Lunatic asylums Madras 1877-1891 - 1877-1891
Year: 1877
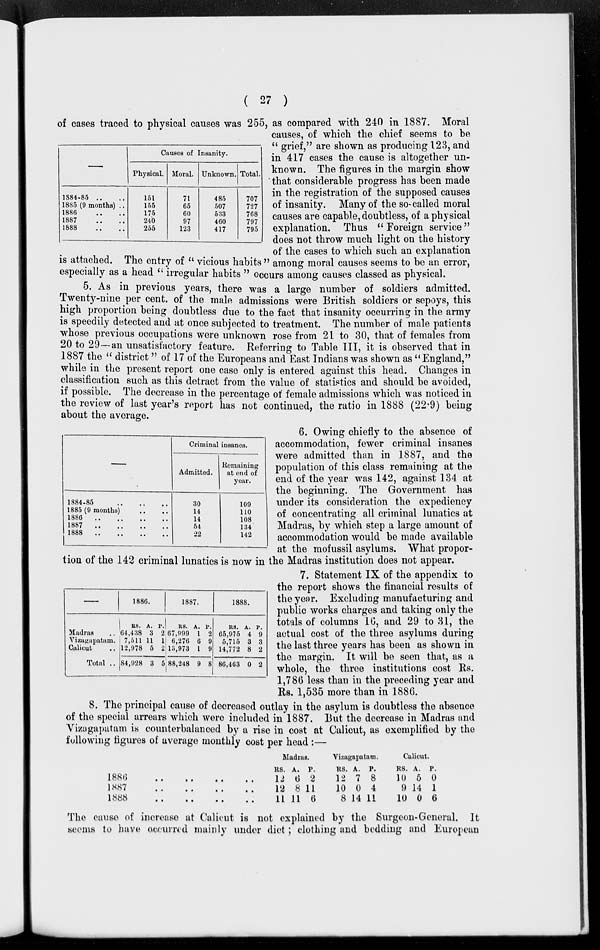
( 27 )
–
1S84-85 .. ..
1885 (9 months) ..
1886
..
..
1887 .. ..
1888
..
..
Causes of Insanity.
Physical.
151
155
175
240
255
Moral.
71
65
60
97
123
Unknown.
485
507
533
460
417
Total.
707
727
768
797
795
of cases traced to physical causes was 255, as compared with 240 in 1887. Moral
causes, of which the chief seems to be
" grief," are shown as producing 123, and
in 417 cases the cause is altogether un-
known. The figures in the margin show
that considerable progress has been made
in the registration of the supposed causes
of insanity. Many of the so-called moral
causes are capable, doubtless, of a physical
explanation. Thus "Foreign service"
does not throw much light on the history
of the cases to which such an explanation
is attached. The entry of " vicious habits " among moral causes seems to be an error,
especially as a head " irregular habits " occurs among causes classed as physical.
5. As in previous years, there was a large number of soldiers admitted.
Twenty-nine per cent. of the male admissions were British soldiers or sepoys, this
high proportion being doubtless due to the fact that insanity occurring in the army
is speedily detected and at once subjected to treatment. The number of male patients
whose previous occupations were unknown rose from 21 to 30, that of females from
20 to 29—an unsatisfactory feature. Referring to Table III, it is observed that in
1887 the " district" of 17 of the Europeans and East Indians was shown as " England,"
while in the present report one case only is entered against this head. Changes in
classification such as this detract from the value of statistics and should be avoided,
if possible. The decrease in the percentage of female admissions which was noticed in
the review of last year's report has not continued, the ratio in 1888 (22.9) being
about the average.
––
1884-85
..
..
..
1885 (9 months) .. ..
1886 .. .. .. ..
1887 .. .. .. ..
1888 .. .. .. ..
Criminal insanes.
Admitted.
30
14
14
54
22
Remaining
at end of
year.
109
110
108
134
142
6. Owing chiefly to the absence of
accommodation, fewer criminal insanes
were admitted than in 1887, and the
population of this class remaining at the
end of the year was 142, against 134 at
the beginning. The Government has
under its consideration the expediency
of concentrating all criminal lunatics at
Madras, by which step a large amount of
accommodation would be made available
at the mofussil asylums. What propor-
tion of the 142 criminal lunatics is now in the Madras institution does not appear.
_
Madras ..
Vizagapatam.
Calicut ..
Total ..
1886.
RS.
64,438
7,511
12,978
84,928
A.
3
11
5
3
P.
2
1
2
5
1887.
RS.
67,999
6,276
13,973
88,248
A.
1
6
1
9
P.
2
9
9
8
1888.
RS.
65,975
5,715
14,772
86,463
A.
4
3
8
0
P.
9
3
2
2
7. Statement IX of the appendix to
the report shows the financial results of
the year. Excluding manufacturing and
public works charges and taking only the
totals of columns 16, and 29 to 31, the
actual cost of the three asylums during
the last three years has been as shown in
the margin. It will be seen that, as a
whole, the three institutions cost Rs.
1,786 less than in the preceding year and
Rs. 1,535 more than in 1886.
8. The principal cause of decreased outlay in the asylum is doubtless the absence
of the special arrears which were included in 1887. But the decrease in Madras and
Vizagapatam is counterbalanced by a rise in cost at Calicut, as exemplified by the
following figures of average monthly cost per head:—
1886 .. .. .. ..
1887
..
..
..
..
1888 .. .. .. ..
Madras.
RS.
12
12
11
A.
6
8
11
P.
2
11
6
Vizagapatam.
RS.
12
10
8
A.
7
0
14
P.
8
4
11
Calicut.
RS.
10
9
10
A.
5
14
0
P.
0
1
6
The cause of increase at Calicut is not explained by the Surgeon-General. It
seems to have occurred mainly under diet; clothing and bedding and European